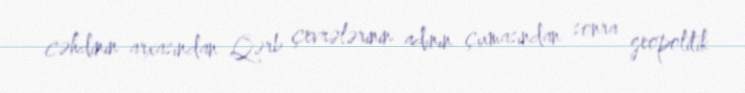
cəhdinin arxasından Qərb çevrələrinin adının çıxmasından sonra geopolitik